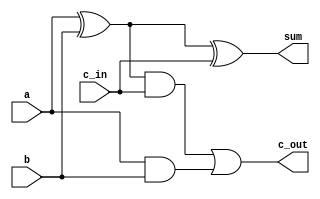
// Code your design here
module fullAdder(
	input a,
	input b,
	input c_in,
	output sum,
	output c_out);

	assign sum = ((a^b)^c_in);
	assign c_out = ((a^b)&c_in)|(a&b);
endmodule


module mux32_2to1 (
	input [31:0] A,
	input [31:0] B,
	input sel,
	output reg [31:0] C);

	always @(*)
    begin
	case (sel)
		1'b0 : C <= A;
		1'b1 : C <= B;
	endcase
    end

endmodule


module ALU(
	input [31:0] word1,
	input [31:0] word2,
	input [1:0] ALUOp,
	input bitinvert,
	//input c_in,
	output [31:0] out);

	reg [31:0] out1;
	wire [31:0] out2;
	wire [31:0] word3;
	wire [31:0] carry;
	wire carryin;

	always @(*)
	begin 
		case (ALUOp[0])
			1'b0 : out1 = word1 & word3;
			1'b1 : out1 = word1 | word3;
		endcase	
	end

	assign carryin = bitinvert;//^c_in'

	genvar i;
	generate 
		for (i = 0; i<32; i=i+1)
		begin 
			assign word3[i] = word2[i]^bitinvert;
			
			if (i==0) 
			begin
				fullAdder fa1 (word1[i], word3[i],carryin,out2[i], carry[i]);
			end
			else 
			begin 
				fullAdder fa2 (word1[i], word3[i],carry[i-1],out2[i], carry[i]);
			end
		end
	endgenerate


	mux32_2to1 m1(out1, out2, ALUOp[1], out);

endmodule